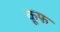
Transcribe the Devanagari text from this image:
कूफ